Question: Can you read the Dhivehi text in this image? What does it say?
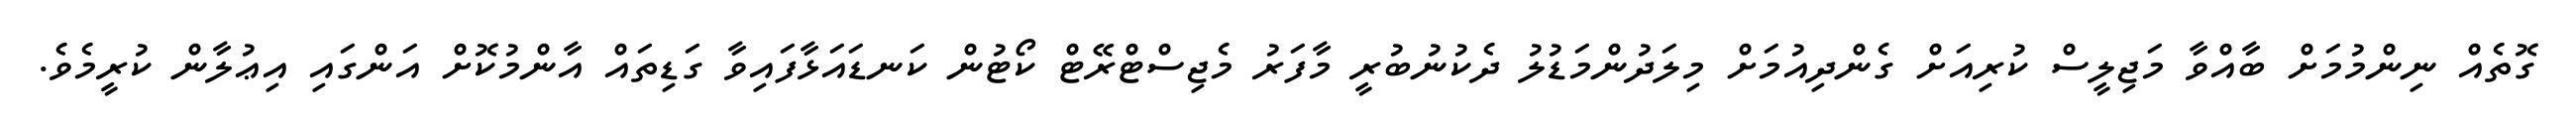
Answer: ގޮތެއް ނިންމުމަށް ބާއްވާ މަޖިލީސް ކުރިއަށް ގެންދިއުމަށް މިލަދުންމަޑުލު ދެކުނުބުރީ މާފަރު މެޖިސްޓްރޭޓް ކޯޓުން ކަނޑައަޅާފައިވާ ގަޑިތައް އާންމުކޮށް އަންގައި އިޢުލާން ކުރީމެވެ.